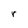
Character: r